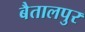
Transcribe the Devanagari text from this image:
बैतालपुर